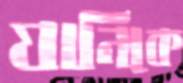
যানিকে